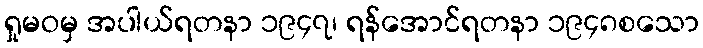
ရှုမဝမှ အပါယ်ရတနာ ၁၉၄၇၊ ရန်အောင်ရတနာ ၁၉၄၈စသော